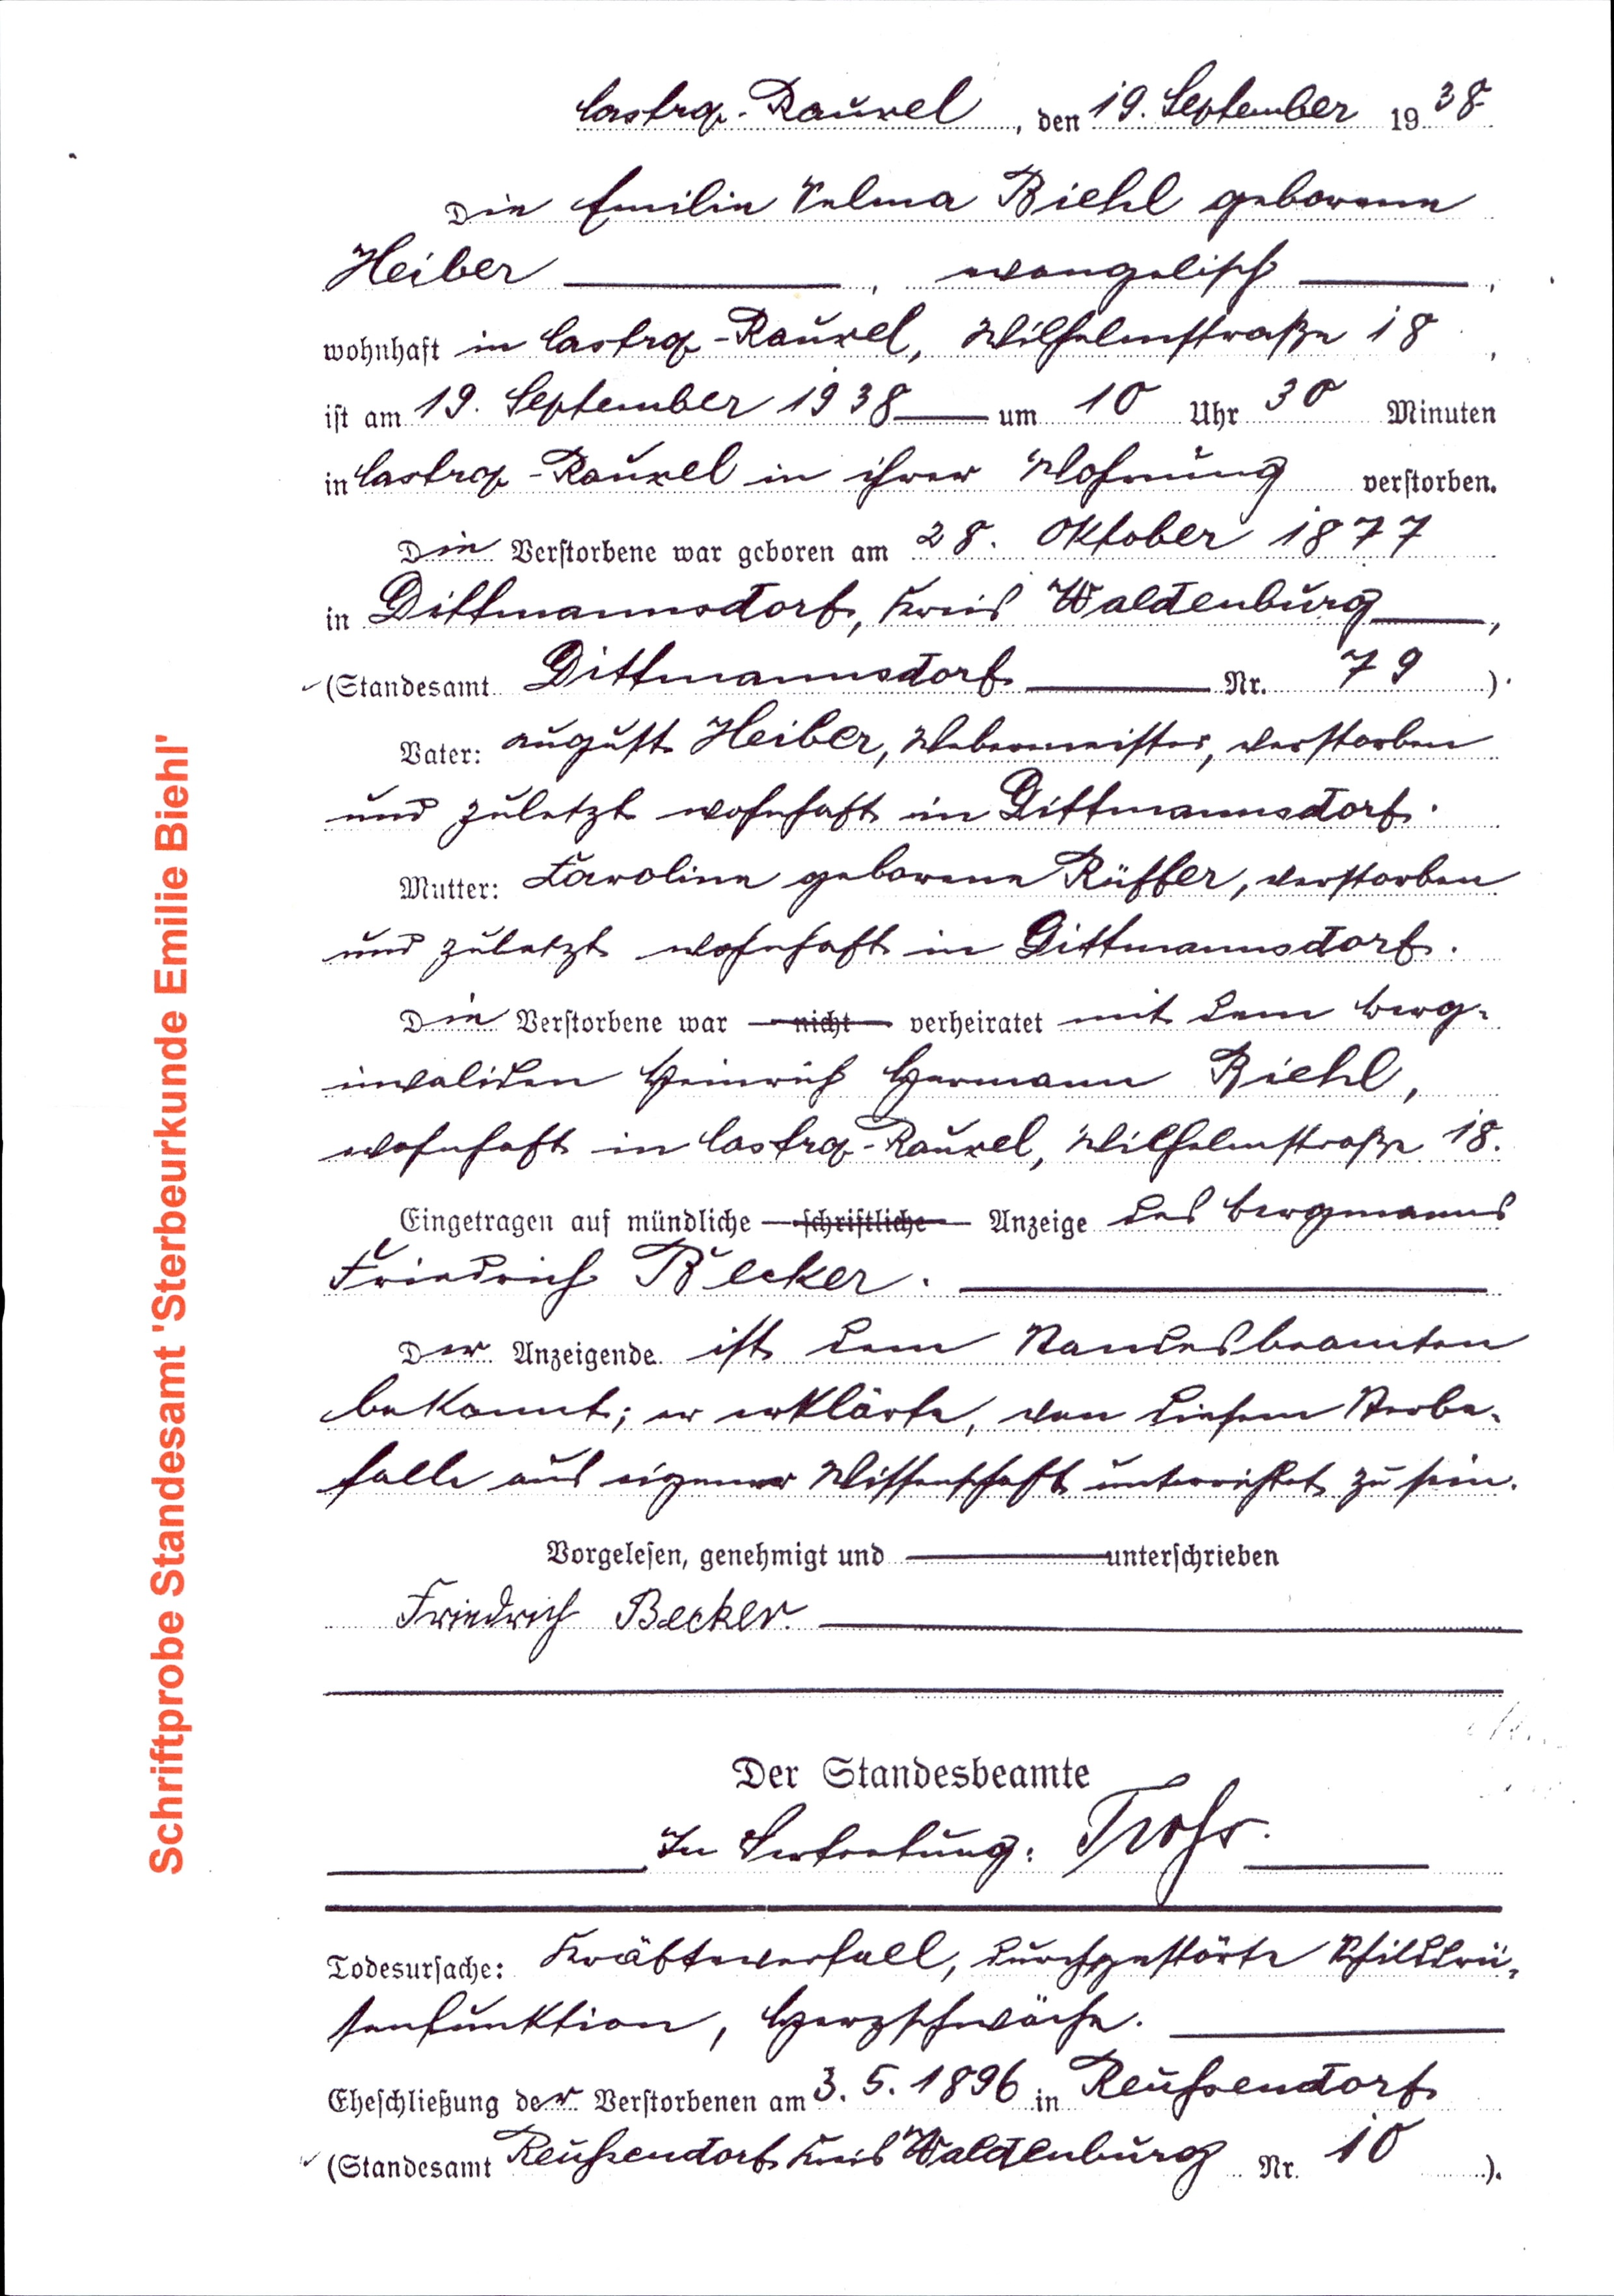
Castrop-Rauxel, den 19. September 1938
Die Emile Selma Biehl geborene
Heiber _____ , evangelisch _________
wohnhaft in Castrop-Rauxel, Wilhelmstraße 18
ist am 19. September 1938 ___ um 10 Uhr 30 Minuten
in Castrop-Rauxel in ihrer Wohnung verstorben.
Die Verstorbene war geboren am 28. Oktober 1877
in Dittmannsdorf, Kreis Waldenburg ______,
(Standesamt Dittmannsdorf ______Nr. 79)
Vater: August Heiber, Webermeister, verstorben
und zuletzt wohnhaft in Dittmannsdorf
Mutter: Caroline geborene Rüffer, verstorben
und zuletzt wohnhaft in Dittmannsdorf.
Die Verstorbene war nicht verheiratet mit dem berg¬
invaliden Heinrich Hermann Biehl,
wohnhaft in Castrop-Rauxel, Wilhelmstraße 18.
Eingetragen auf mündliche schriftliche Anzeige des Bergmanns
Friedrich Becker. _____________
Der Anzeigende ist dem Standesbeamten
bekannt; er erklärte, von diesem Sterbe¬
falle aus eigener Wissenschaft unterrichtet zu sein.
Vorgelesen, genehmigt und ------------- unterschrieben
Friedrich Becker.______________--
Der Standesbeamte
In Vertretung Tohs
Todesursache: Kräfteverfall, durch gestörte Schilddrü¬
senfunktion, Herzschwäche.___________
Eheschließung der Verstorbenen am 3. 5. 1896 in Reuhsendorf
(Standesamt Reuhsendorf Kreis Waldenburg Nr. 10)